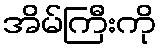
အိမ်ကြီးကို